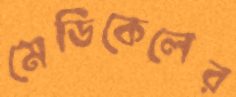
মেডিকেলের